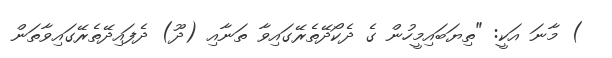
) މާނަ އަކީ: "ތިޔަބައިމީހުން ގެ ދެކޯދޭތެރޭގައިވާ ތަނާއި (ދޫ) ދެފައިދޭތެރޭގައިވާތަން